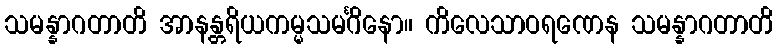
သမန္နာဂတာတိ အာနန္တရိယကမ္မသမင်္ဂိနော။ ကိလေသာဝရဏေန သမန္နာဂတာတိ